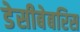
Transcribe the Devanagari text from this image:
डेसीबेबरिस